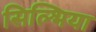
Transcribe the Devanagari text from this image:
सिल्भिया